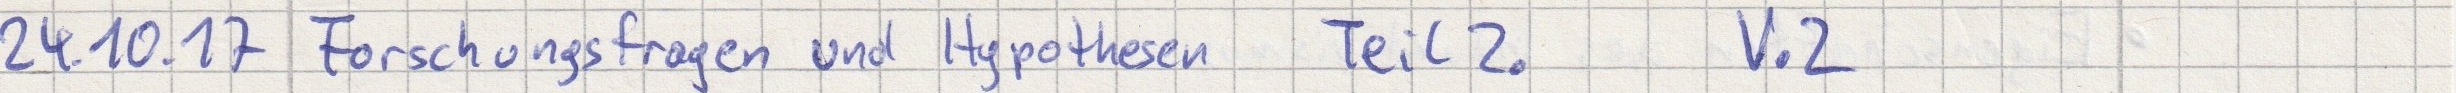
24.10.17 Forschungsfragen und Hypothesen  Teil 2.   V.2